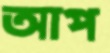
আপ